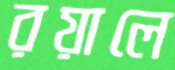
রয়ালে